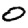
Digit: 0